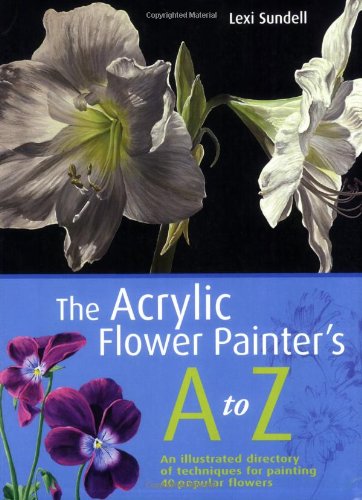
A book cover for The Acrylic Flower Painter's A-Z: An Illustrated Directory of Techniques for Painting 40 Popular Flowers; Lexi Sundell; Arts & Photography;